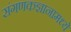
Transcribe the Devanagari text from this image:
संगणकज्ञानामध्ये